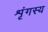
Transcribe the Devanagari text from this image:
शृंगस्य